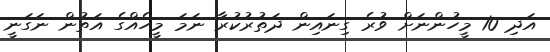
އަދި 10 މީހުންނަށް ވުރެ ގިނައިން ދަތުރުކުރާ ނަމަ މީހެއްގެ އަތުން ނަގަނީ